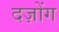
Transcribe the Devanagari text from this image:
दज़ोंग